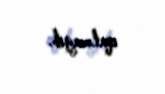
qalmayıb.